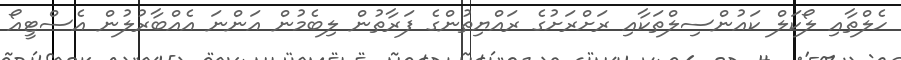
ހެލްތާއި ލޯކަލް ކައުންސިލްތަކާއި ރަށްރަށުގެ ރައްޔިތުންގެ ފަރާތުން ލިބެމުން އަންނަ އެއްބާރުލުން އެސްޓީއޯ